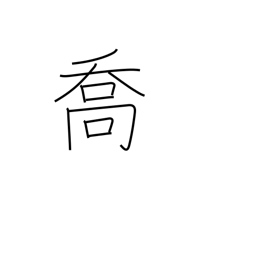
Meaning: boasting